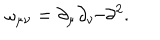
LaTeX: \omega _ { \mu \nu } = \partial _ { \mu } \partial _ { \nu } / \partial ^ { 2 } .